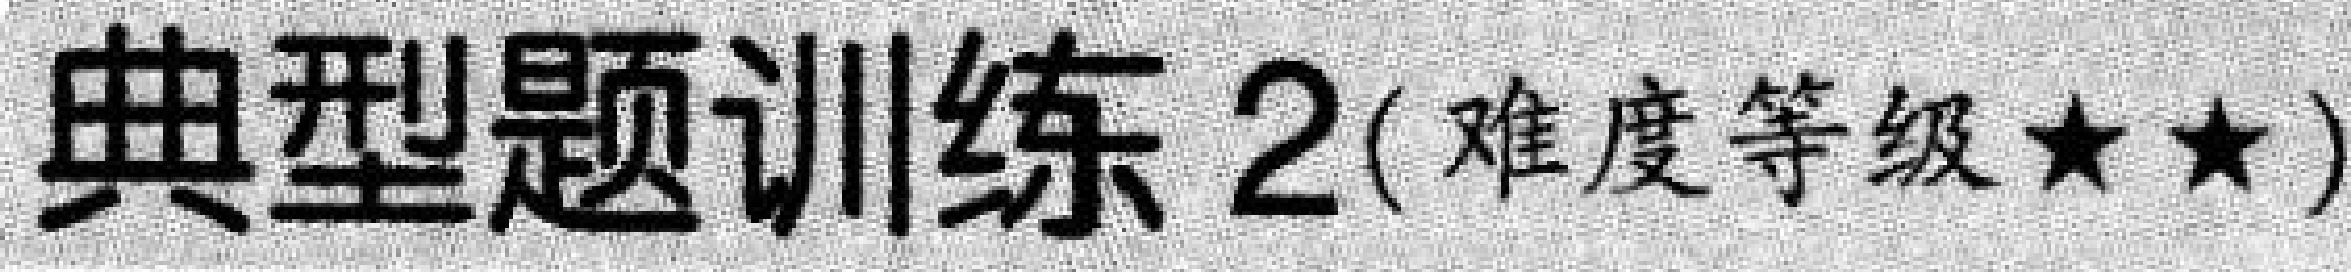
典型题训练 2(难度等级$\star\star$)